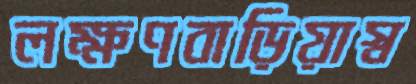
লক্ষণবাড়িয়াস্ব